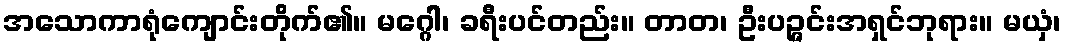
အသောကာရုံကျောင်းတိုက်၏။ မဂ္ဂေါ၊ ခရီးပင်တည်း။ တာတ၊ ဦးပဉ္ဇင်းအရှင်ဘုရား။ မယှံ၊